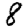
Digit: 8